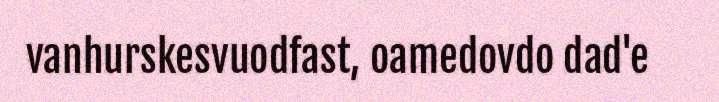
vanhurskesvuodfast, oamedovdo dad'e